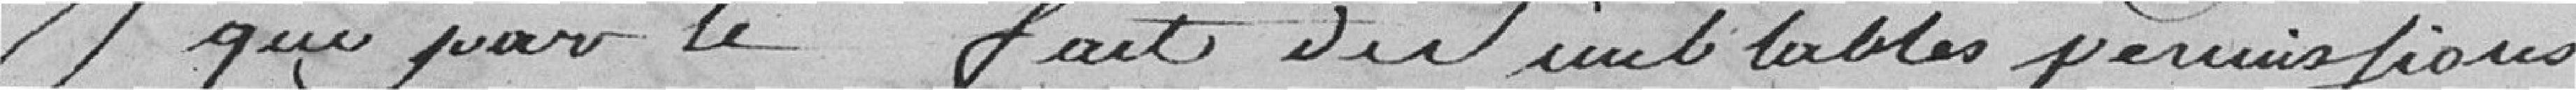
que par le fait des semblables permissions